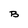
Character: b